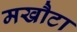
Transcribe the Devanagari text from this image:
मखौटा